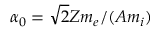
\alpha _ { 0 } = \sqrt { 2 } Z m _ { e } / ( A m _ { i } )